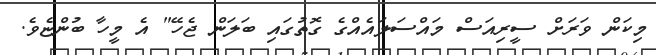
މިކަން ވަރަށް ސީރިއަސް މައްސަލައެއްގެ ގޮތުގައި ބަލަން ޖެހޭ" އެ މީހާ ބުންޏެވެ.